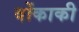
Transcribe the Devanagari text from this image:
वोंकाकी